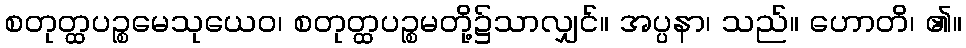
စတုတ္ထပဉ္စမေသုယေဝ၊ စတုတ္ထပဉ္စမတို့၌သာလျှင်။ အပ္ပနာ၊ သည်။ ဟောတိ၊ ၏။